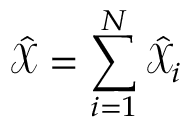
\hat { \mathcal X } = \sum _ { i = 1 } ^ { N } \hat { \mathcal X } _ { i }